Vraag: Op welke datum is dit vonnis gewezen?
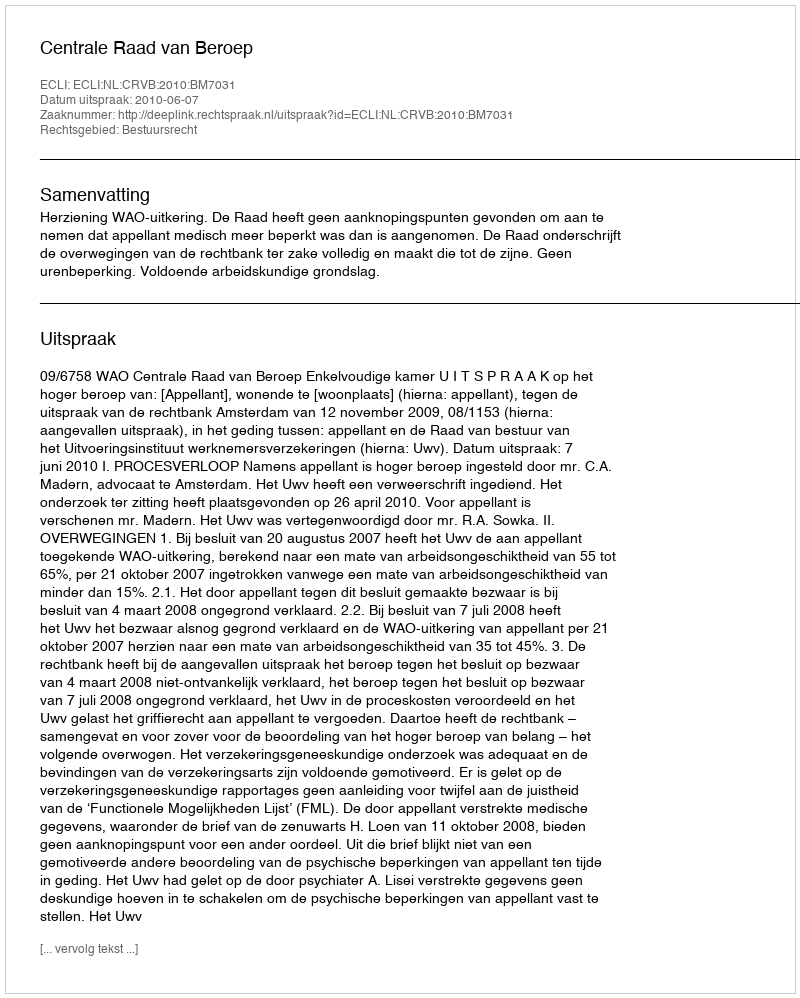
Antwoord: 2010-06-07